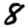
Digit: 8